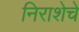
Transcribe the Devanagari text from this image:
निराशेचे